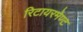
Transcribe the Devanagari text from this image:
रिटायरमेण्ट